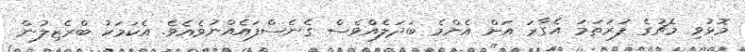
މޮޅުވި މެޗުގެ ފުރަތަމަ އެގާރަ އަށް އެންމެ ބަދަލެއްވެސް ގެނެސްފައެއްނުވެއެވެ. އެކަމަކު ބްރެޒިލުން